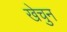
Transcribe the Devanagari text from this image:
खेचुन